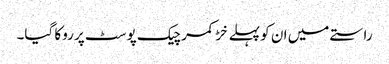
راستے میں ان کو پہلے خڑ کمر چیک پوسٹ پر روکا گیا۔